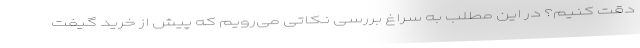
دقت کنیم؟ در این مطلب به سراغ بررسی نکاتی می‌رویم که پیش از خرید گیفت